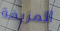
المزيفة